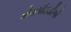
એમપીઇડીએ